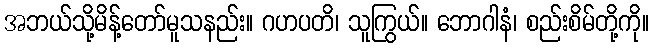
အဘယ်သို့မိန့်တော်မူသနည်း။ ဂဟပတိ၊ သူကြွယ်။ ဘောဂါနံ၊ စည်းစိမ်တို့ကို။